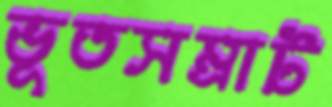
ভূতসম্রাট